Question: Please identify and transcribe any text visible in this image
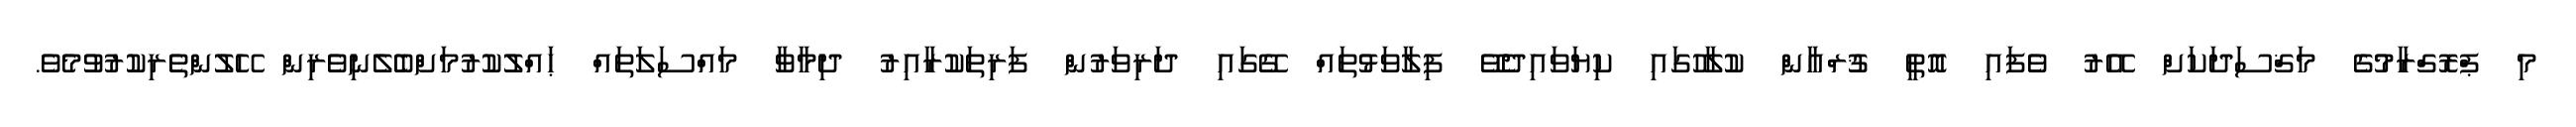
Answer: މި ޕްރޮގްރާމުގެ މަޤްސަދަކަށް އޭރު ވެފައި އޮތީ ޤުރްއާން ކުލާހުގައި ކިޔަވައިދެވޭ ފިލާވަޅުތައް ގޭގައި ދަރިވަރުން ފަރިތަކުރާއިރު ދިމާވާ މައްސަލަތައް ޙައްލުކުރުމަށްބެލެނިވެރިން ހޭލުންތެރިކުރުވުމެވެ.